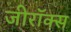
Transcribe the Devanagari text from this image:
जीराॅक्स